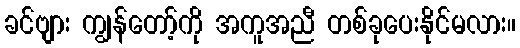
ခင်ဗျား ကျွန်တော့်ကို အကူအညီ တစ်ခုပေးနိုင်မလား။